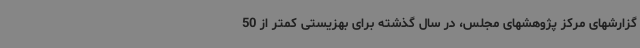
گزارشهای مرکز پژوهشهای مجلس، در سال گذشته برای بهزیستی کمتر از 50